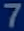
7